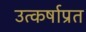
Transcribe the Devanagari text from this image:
उत्कर्षाप्रत